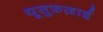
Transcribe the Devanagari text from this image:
यूसुफ़ज़ाई